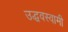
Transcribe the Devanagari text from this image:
उद्धवस्वामी